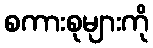
စကားစုများကို